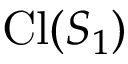
\mathrm { C l } ( S _ { 1 } )